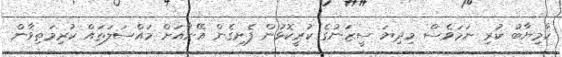
ކާމިޔާބު ކުރި ނަމަވެސް މިދިޔަ ސީޒަނުގެ ކުރީކޮޅުން ފެށިގެން އޭނާއަށް މައްސަލަތައް ކުރިމަތިވާން